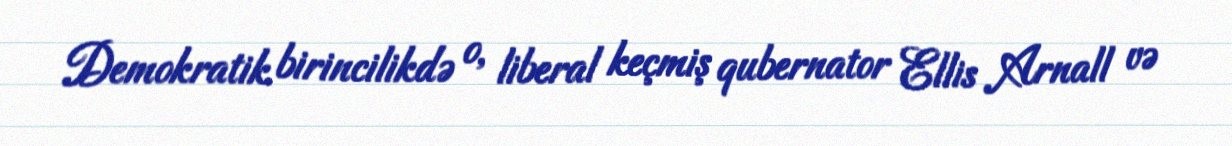
Demokratik birincilikdə o, liberal keçmiş qubernator Ellis Arnall və